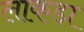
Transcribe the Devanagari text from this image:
लाकडा